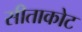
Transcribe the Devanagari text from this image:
सीताकोट